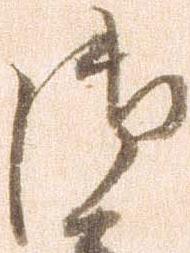
御